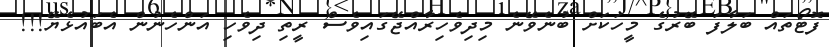
ފޮޓޯތައް ބަލާފަ ބޭރުގެ މީހަކަށް ބުނެވޭނެ މިދިވެހިރާއްޖޭގައިވެސް ރީތި ދިވެހި އަންހެނުން އެބައުޅެޔޭ!!!